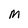
Character: M